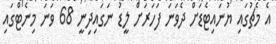
އެ މެޗުގައި ޔުނައިޓެޑަށް ދެވަނަ ފަހަރަށް ލީޑު ނަގައިދިނީ 68 ވަނަ މިނެޓްގައި